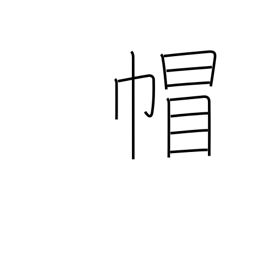
Meaning: headgear